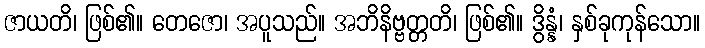
ဇာယတိ၊ ဖြစ်၏။ တေဇော၊ အပူသည်။ အဘိနိဗ္ဗတ္တတိ၊ ဖြစ်၏။ ဒွိန္နံ၊ နှစ်ခုကုန်သော။